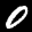
Digit: 0